Lunatic asylums Central Provinces reports 1886-1894 - 1886-1894
Year: 1886
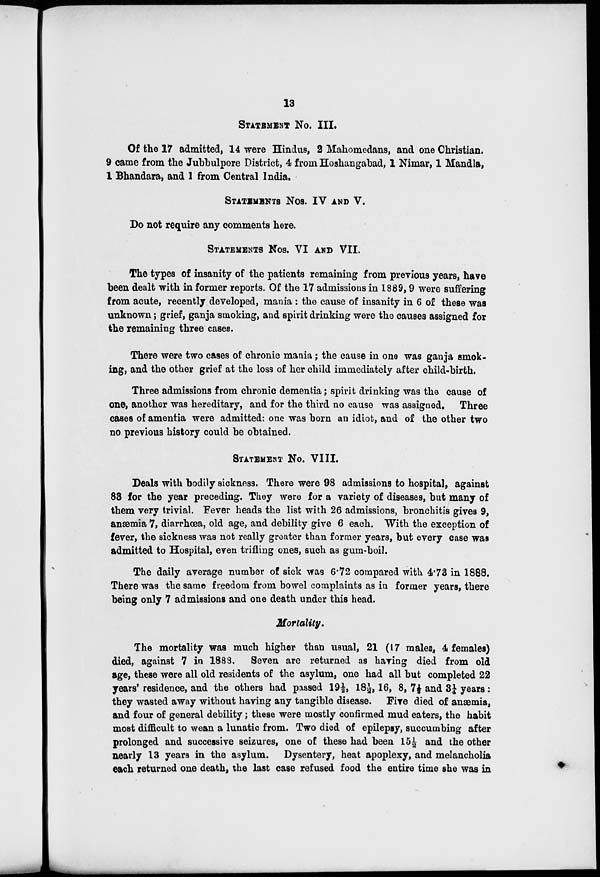
13
STATEMENT No. III.
Of the 17 admitted, 14 were Hindus, 2 Mahomedans, and one Christian.
9 came from the Jubbulpore District, 4 from Hoshangabad, 1 Nimar, 1 Mandla,
1 Bhandara, and 1 from Central India.
STATEMENTS Nos. IV AND V.
Do not require any comments here.
STATEMENTS Nos. VI AND VII.
The types of insanity of the patients remaining from previous years, have
been dealt with in former reports. Of the 17 admissions in 1889, 9 were suffering
from acute, recently developed, mania : the cause of insanity in 6 of these was
unknown; grief, ganja smoking, and spirit drinking were the causes assigned for
the remaining three cases.
There were two cases of chronic mania; the cause in one was ganja smok-
ing, and the other grief at the loss of her child immediately after child-birth.
Three admissions from chronic dementia; spirit drinking was the cause of
one, another was hereditary, and for the third no cause was assigned. Three
cases of amentia were admitted: one was born an idiot, and of the other two
no previous history could be obtained.
STATEMENT No. VIII.
Deals with bodily sickness. There were 98 admissions to hospital, against
83 for the year preceding. They were for a variety of diseases, but many of
them very trivial. Fever heads the list with 26 admissions, bronchitis gives 9,
anæmia 7, diarrhœa, old age, and debility give 6 each. With the exception of
fever, the sickness was not really greater than former years, but every case was
admitted to Hospital, even trifling ones, such as gum-boil.
The daily average number of sick was 6.72 compared with 4.73 in 1888.
There was the same freedom from bowel complaints as in former years, there
being only 7 admissions and one death under this head.
Mortality.
The mortality was much higher than usual, 21 (17 males, 4 females)
died, against 7 in 1888. Seven are returned as having died from old
age, these were all old residents of the asylum, one had all but completed 22
years' residence, and the others had passed 19 ½, 18½, 16, 8, 7½ and 3¼ years :
they wasted away without having any tangible disease. Five died of anæmia,
and four of general debility; these were mostly confirmed mud eaters, the habit
most difficult to wean a lunatic from. Two died of epilepsy, succumbing after
prolonged and successive seizures, one of these had been 15½ and the other
nearly 13 years in the asylum. Dysentery, heat apoplexy, and melancholia
each returned one death, the last case refused food the entire time she was in